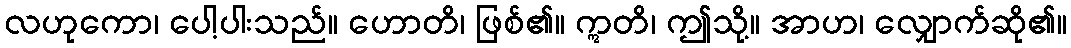
လဟုကော၊ ပေါ့ပါးသည်။ ဟောတိ၊ ဖြစ်၏။ ဣတိ၊ ဤသို့။ အာဟ၊ လျှောက်ဆို၏။